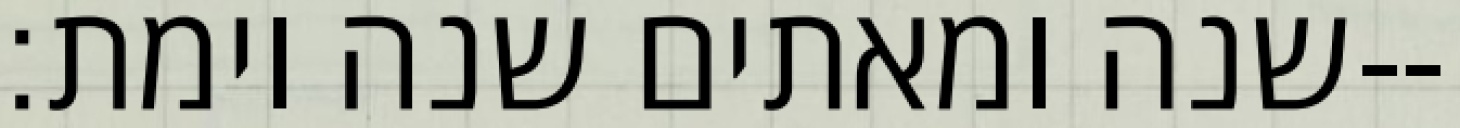
שנה ומאתים שנה וימת׃--